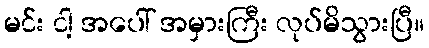
မင်း ငါ့ အပေါ် အမှားကြီး လုပ်မိသွားပြီ။